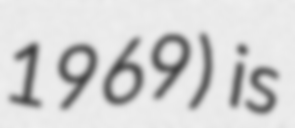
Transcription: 1969) is